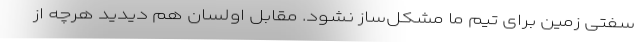
سفتی زمین برای تیم ما مشکل‌ساز نشود. مقابل اولسان هم دیدید هرچه از